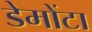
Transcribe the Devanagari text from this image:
डेमोंटा